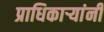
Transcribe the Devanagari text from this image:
प्राधिकाऱ्यांनी